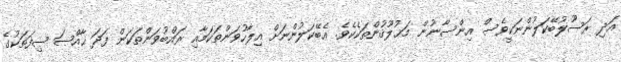
އަދި ރަސޫލުބޭކަލުންނަކީވެސް އިންސާނުން މަޚުލޫޤުންތަކެކެވެ. އެބޭކަލުންނަށް އިލާހުވަންތަކަމާއި ރައްބުވަންތަކަން ފަދަ ޙާއްޞަ ޞިފަތަކުގެ